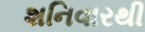
શનિવારથી